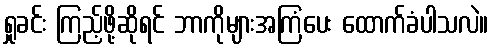
ရှုခင်း ကြည့်ဖို့ဆိုရင် ဘာကိုများအကြံပေး ထောက်ခံပါသလဲ။